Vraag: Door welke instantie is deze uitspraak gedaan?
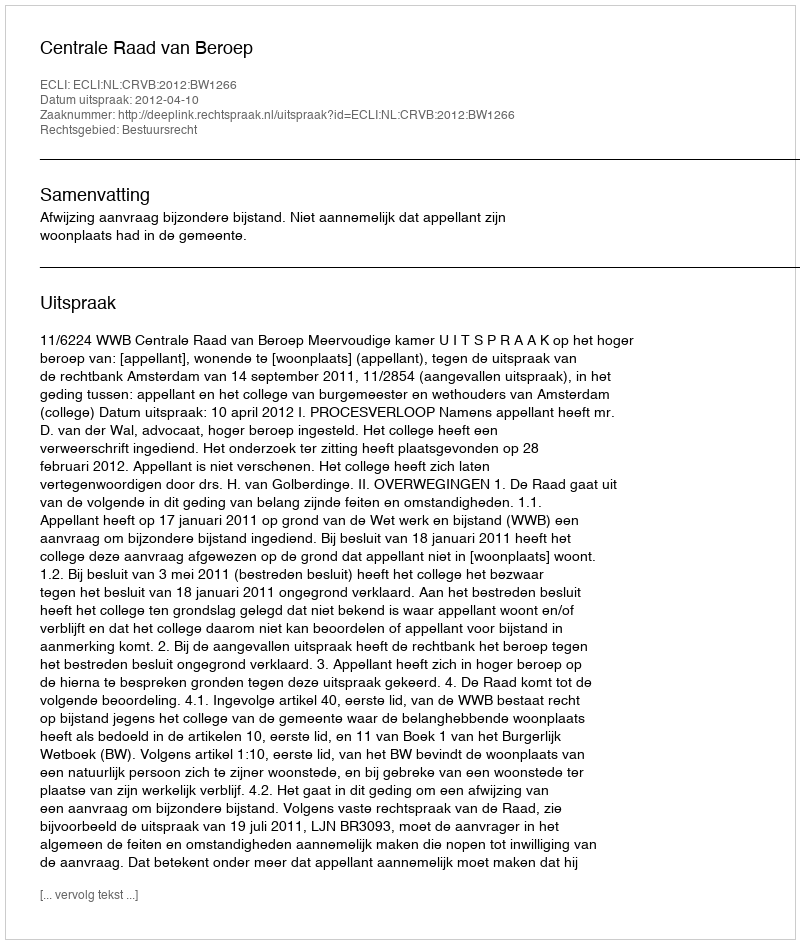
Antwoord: Centrale Raad van Beroep